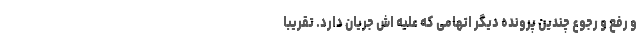
و رفع و رجوع چندین پرونده دیگر اتهامی که علیه اش جریان دارد. تقریباً